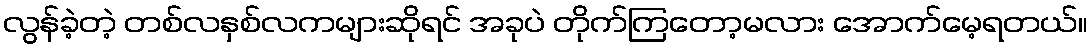
လွန်ခဲ့တဲ့ တစ်လနှစ်လကများဆိုရင် အခုပဲ တိုက်ကြတော့မလား အောက်မေ့ရတယ်။